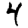
Digit: 4